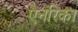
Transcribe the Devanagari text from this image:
ऐनरिका